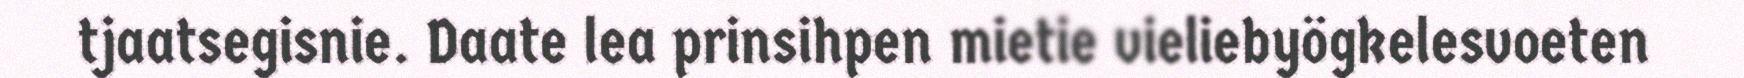
tjaatsegisnie. Daate lea prinsihpen mietie vieliebyögkelesvoeten